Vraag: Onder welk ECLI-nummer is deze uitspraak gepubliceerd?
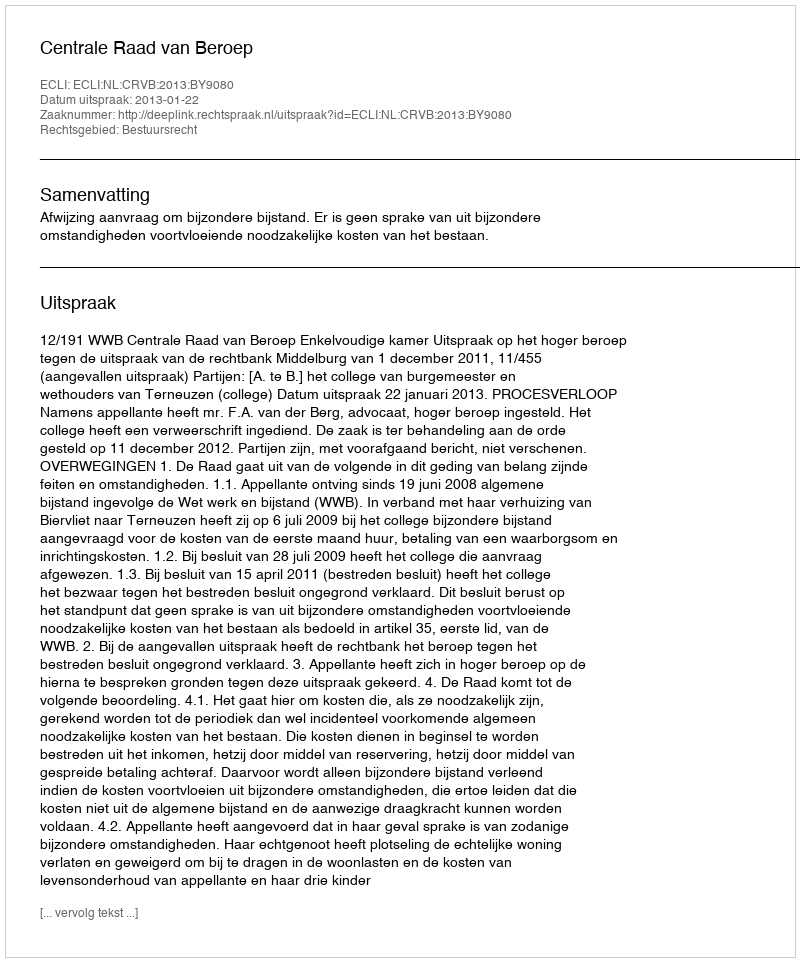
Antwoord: ECLI:NL:CRVB:2013:BY9080